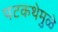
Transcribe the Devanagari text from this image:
पटकथेमुळे